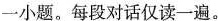
一小题。每段对话仅读一遍。